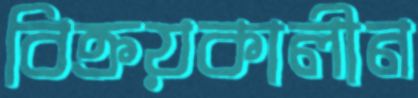
বিক্রয়কালীন